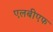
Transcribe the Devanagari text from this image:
एलबीएफ